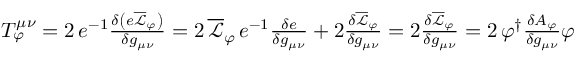
\begin{array} { r } { T _ { \varphi } ^ { \mu \nu } = 2 \, e ^ { - 1 } \frac { \delta \left( e \overline { { \mathcal { L } } } _ { \varphi } \right) } { \delta g _ { \mu \nu } } = 2 \, \overline { { \mathcal { L } } } _ { \varphi } \, e ^ { - 1 } \frac { \delta e } { \delta g _ { \mu \nu } } + 2 \frac { \delta \overline { { \mathcal { L } } } _ { \varphi } } { \delta g _ { \mu \nu } } = 2 \frac { \delta \overline { { \mathcal { L } } } _ { \varphi } } { \delta g _ { \mu \nu } } = 2 \, \varphi ^ { \dag } \frac { \delta A _ { \varphi } } { \delta g _ { \mu \nu } } \varphi } \end{array}